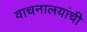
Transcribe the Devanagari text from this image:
वाचनालयांची